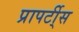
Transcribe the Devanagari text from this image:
प्रापर्टी्स